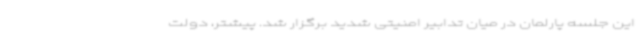
این جلسه پارلمان در میان تدابیر امنیتی شدید برگزار شد. پیشتر، دولت